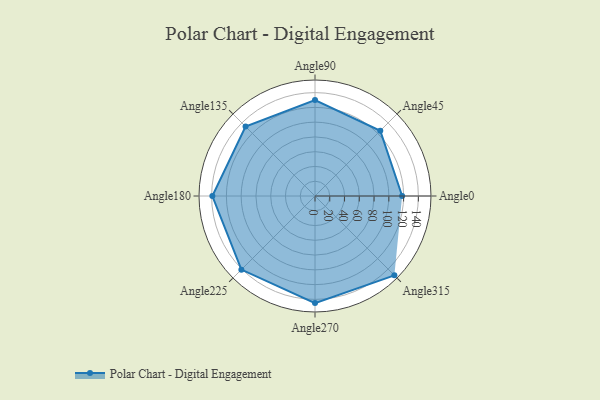
{"axis": {"x": "Angle", "y": "Radius"}, "legend": [""], "data": [{"x": "Angle0", "y": 118.0, "type": ""}, {"x": "Angle45", "y": 125.0, "type": ""}, {"x": "Angle90", "y": 130.0, "type": ""}, {"x": "Angle135", "y": 133.0, "type": ""}, {"x": "Angle180", "y": 139.0, "type": ""}, {"x": "Angle225", "y": 141.0, "type": ""}, {"x": "Angle270", "y": 145.0, "type": ""}, {"x": "Angle315", "y": 152.0, "type": ""}]}